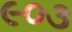
૯૦૩